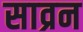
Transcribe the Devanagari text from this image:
साव्रन